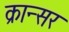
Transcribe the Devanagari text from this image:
क्रान्सर